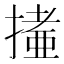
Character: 𢳩